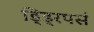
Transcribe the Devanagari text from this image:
ड्ड्रिपर्स